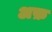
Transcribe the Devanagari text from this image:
अफ़